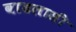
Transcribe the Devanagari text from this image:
वाढलासी